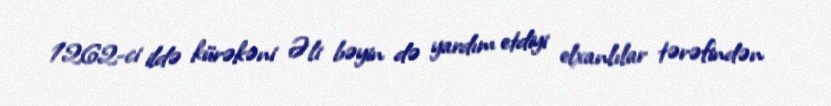
1262-ci ildə kürəkəni Əli bəyin də yardım etdiyi elxanlılar tərəfindən